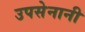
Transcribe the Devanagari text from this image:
उपसेनानी